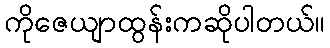
ကိုဇေယျာထွန်းကဆိုပါတယ်။